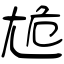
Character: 尯